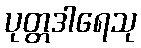
ပုတ္တဒါရေသု